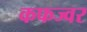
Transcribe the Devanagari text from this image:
कफज्वर